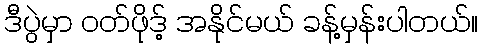
ဒီပွဲမှာ ဝတ်ဖိုဒ့် အနိုင်မယ် ခန့်မှန်းပါတယ်။